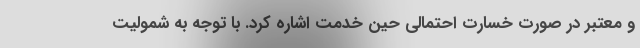
و معتبر در صورت خسارت احتمالی حین خدمت اشاره کرد. با توجه به شمولیت